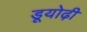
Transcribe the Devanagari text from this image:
डूयोढ़ी